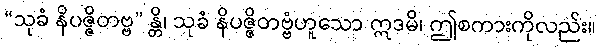
“သုခံ နိပဇ္ဇိတဗ္ဗ” န္တိ၊ သုခံ နိပဇ္ဇိတဗ္ဗံဟူသော ဣဒမိ၊ ဤစကားကိုလည်း။